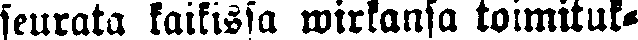
seurata kaikissa wirkansa toimituk-